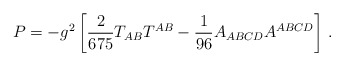
\begin{align*}P=-g^2\left[{2\over 675}T_{AB}T^{AB}-{1\over96}A_{ABCD}A^{ABCD}\right]\,. \end{align*}